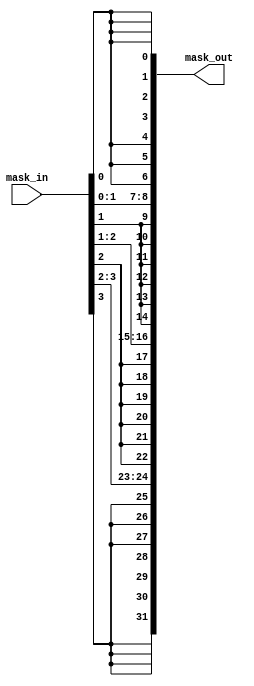
module WordBitsMask #(
  parameter MASK_BITS = 4,
  parameter DATA_BITS = 32
) (
  input [MASK_BITS - 1 : 0] mask_in,
  output [DATA_BITS - 1 : 0] mask_out
);

localparam WORD_BITS = DATA_BITS / MASK_BITS;

genvar i;
generate
for (i = 0; i < MASK_BITS; i = i + 1) begin
  assign mask_out[(i * WORD_BITS) +: WORD_BITS] = {WORD_BITS{mask_in[i]}};
end
endgenerate
endmodule